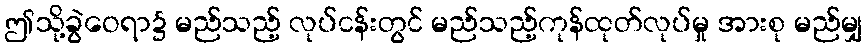
ဤသို့ခွဲဝေရာ၌ မည်သည့် လုပ်ငန်းတွင် မည်သည့်ကုန်ထုတ်လုပ်မှု အားစု မည်မျှ